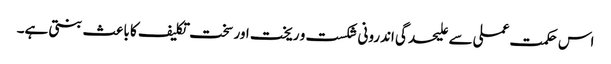
اس حکمت عملی سے علیحدگی اندرونی شکست و ریخت اور سخت تکلیف کا با عث بنتی ہے۔